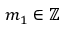
m _ { 1 } \in \mathbb { Z }